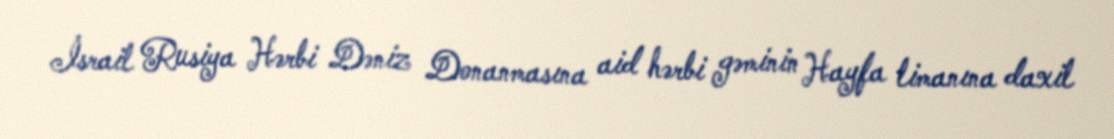
İsrail Rusiya Hərbi Dəniz Donanmasına aid hərbi gəminin Hayfa limanına daxil